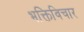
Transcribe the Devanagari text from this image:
भक्तिविचार